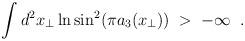
LaTeX: \begin{align*}\int d^2 x_\perp \ln \sin^2(\pi a_3(x_\perp))\;>\;-\infty\;\;.\end{align*}